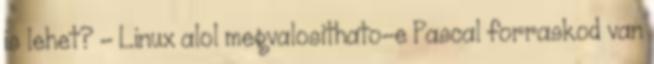
is lehet? - Linux alol megvalosithato-e Pascal forraskod van